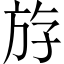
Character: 斿